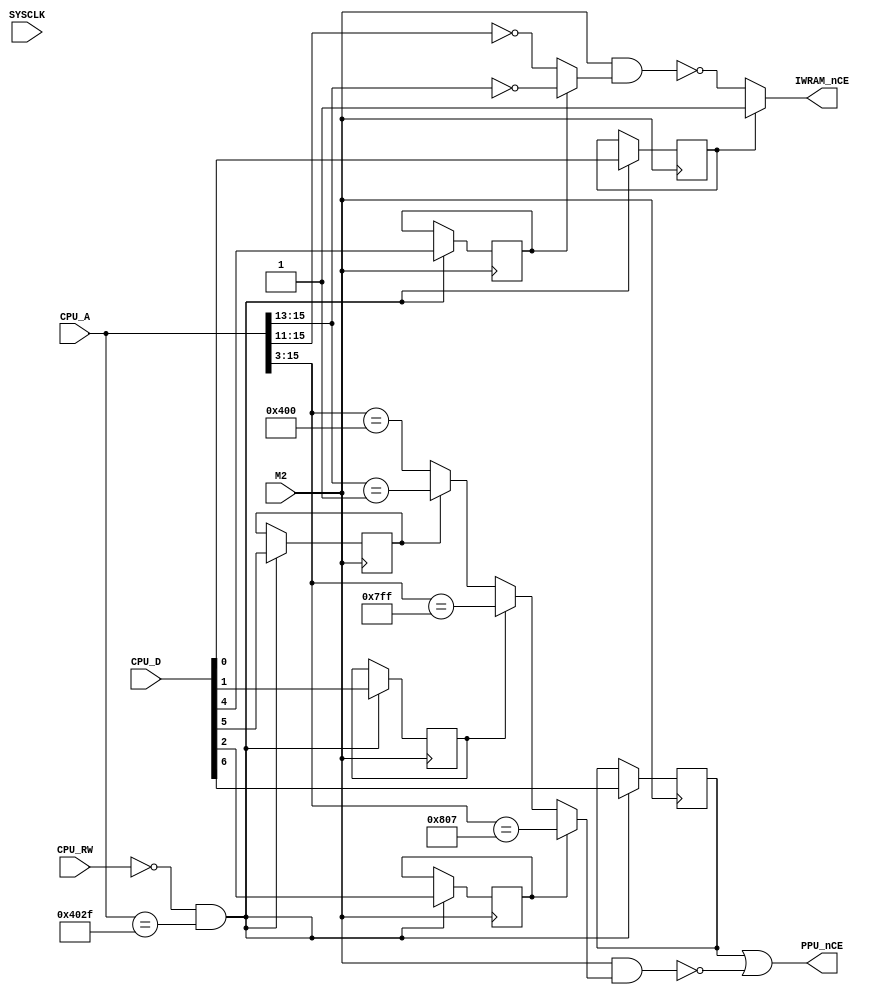
//`timescale 1ns / 1ps
//////////////////////////////////////////////////////////////////////////////////
// Company: 
// Engineer: 
// 
// Design Name: 
// Module Name:    nespc 
// Project Name: 
// Target Devices: 
// Tool versions: 
// Description: 
//
// Dependencies: 
//
// Revision: 
// Revision 0.01 - File Created
// Additional Comments: 
//
//////////////////////////////////////////////////////////////////////////////////
module nespc(
    input wire          SYSCLK
   ,input wire          M2
   ,input wire  [15:0]  CPU_A
   ,input wire   [7:0]  CPU_D
   ,input wire          CPU_RW
   ,output wire         IWRAM_nCE
   ,output wire         PPU_nCE
);

// Yes, I know this wastes 1 output pin for nWR, and could be replaced by a transistor for nRD.
wire CPU_nRD = ~CPU_RW;
wire CPU_nWR =  CPU_RW;

reg HIDE_PPU = 1'b0;
reg MOVE_PPU = 1'b0;
reg ALIAS_20 = 1'b1;
reg ALIAS_00 = 1'b1;
reg EWRAM_20 = 1'b0;
reg EWRAM_00 = 1'b0;

// WRAM $0000-$1FFF External / Internal (Aliased, Non-aliased)
assign IWRAM_nCE = EWRAM_00 ? 1'b1 : !(M2 && (ALIAS_00 ? (CPU_A[15:13] == 3'h0) : (CPU_A[15:11] == 5'h0)));

// PPU $4038-$403F / $3FF8-$3FFF / $2000-$3FFF (Aliased, Non-aliased)
assign PPU_nCE = HIDE_PPU || !(M2 && (MOVE_PPU ? (CPU_A[15:3] == 13'b0100000000111) : (
                                      EWRAM_20 ? (CPU_A[15:3] == 13'b0011111111111) : (
                                      ALIAS_20 ? (CPU_A[15:13] == 3'h1) : (CPU_A[15:3] == 13'b0010000000000)))));

// MMU Registers

always @ (posedge M2) begin
    // $402F: MMU Flags Register
    // D7 toggles $FC00-$FFFF between (0) PRG-ROM and (1) PRG-RAM
    // D1 enables/disables hiding the PPU
    // D0 enables/disables $0000-$3FFF mapping
    if(!CPU_nWR && (CPU_A[15:0] == 16'h402F)) begin
        HIDE_PPU <= CPU_D[6];
        ALIAS_20 <= CPU_D[5];
        ALIAS_00 <= CPU_D[4];
        MOVE_PPU <= CPU_D[2];
        EWRAM_20 <= CPU_D[1];
        EWRAM_00 <= CPU_D[0];
    end
end

endmodule